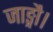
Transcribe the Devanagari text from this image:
जाङ्गौ।